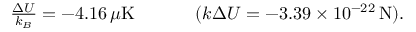
\begin{array} { r } { \frac { \Delta U } { k _ { B } } = - 4 . 1 6 \, \mu \mathrm { K } \ \ \ \ \ \ \ \ \ \ ( k \Delta U = - 3 . 3 9 \times 1 0 ^ { - 2 2 } \, \mathrm { N } ) . } \end{array}